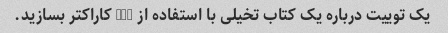
یک توییت درباره یک کتاب تخیلی با استفاده از 280 کاراکتر بسازید.